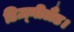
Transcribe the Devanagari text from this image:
डिज़्नीलैंड।